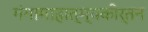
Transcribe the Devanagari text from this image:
गंगामाहात्म्यकीर्तन